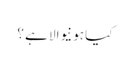
کیا ہونیوالا ہے ؟